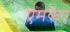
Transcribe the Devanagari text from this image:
एमकेए